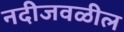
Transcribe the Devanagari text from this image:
नदीजवळील